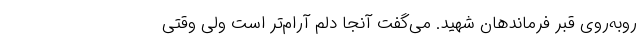
روبه‌روی قبر فرماندهان شهید. می‌گفت آنجا دلم آرام‌تر است ولی وقتی